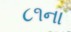
૮૧ના